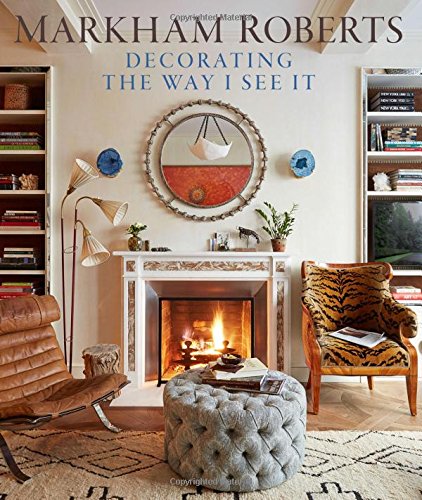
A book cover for Decorating the Way I See It; Markham Roberts; Arts & Photography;